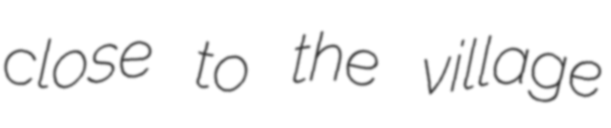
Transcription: close to the village